Scottish Certificate of Education, 1963
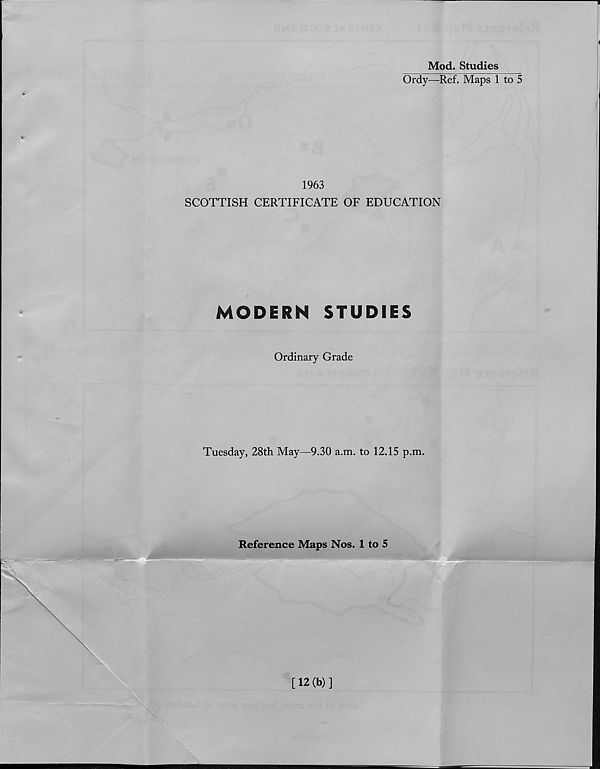
Mod. Studies
Ordy—Ref. Maps 1 to 5
<
r
1963
SCOTTISH CERTIFICATE OF EDUCATION
MODERN
STUDIES
Ordinary Grade
Tuesday, 28th May—9.30 a.m. to 12.15 p.m.